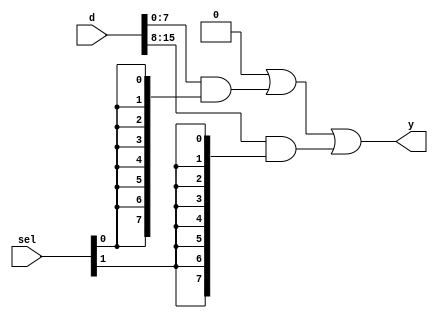
module selector
#(
    parameter w = 8,
              n = 2
) 
(
    input      [n * w - 1:0] d,
    input      [n     - 1:0] sel,
    output reg [w     - 1:0] y
);

    integer i;

    always @*
    begin
        y = { w { 1'b0 } };
        
        for (i = 0; i < n; i = i + 1) 
            y = y | (d [i * w +: w] & { w { sel [i] } });
    end

endmodule